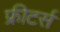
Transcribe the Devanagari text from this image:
फ्रीटर्स